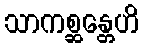
သာကစ္ဆန္တေဟိ